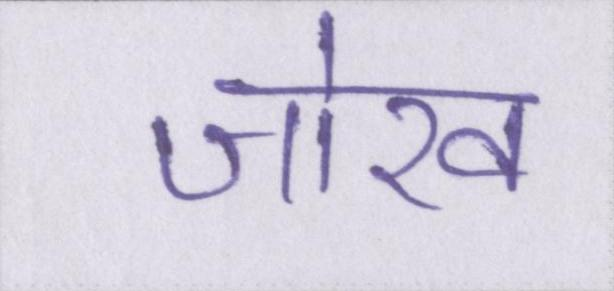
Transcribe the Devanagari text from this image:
जोख